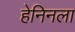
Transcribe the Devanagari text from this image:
हेनिनला